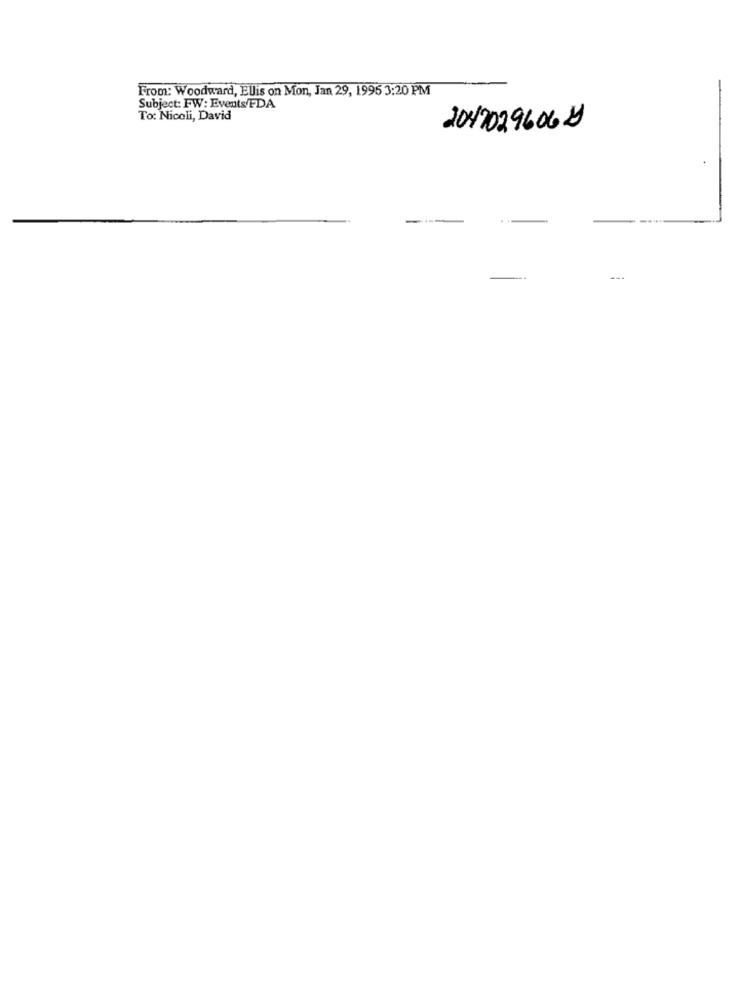
From: Woodward, Ellis on Mon, Jan 29, 1995 3:20 PM
Subject: FW: Events/FDA
To: Nicoli, David
20170296062
---